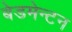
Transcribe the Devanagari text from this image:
बेडमेन्टन